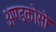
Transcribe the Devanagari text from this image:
अण्डकोसो